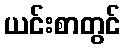
ယင်းစာတွင်